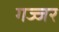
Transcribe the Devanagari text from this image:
गज्जर